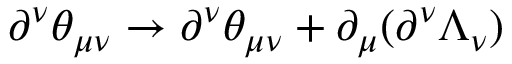
\partial ^ { \nu } \theta _ { \mu \nu } \rightarrow \partial ^ { \nu } \theta _ { \mu \nu } + \partial _ { \mu } ( \partial ^ { \nu } \Lambda _ { \nu } )